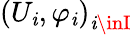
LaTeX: \left(U_{\mathit{i}},\varphi_{\mathit{i}}\right)_{\mathit{i}\inI}